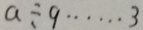
a \div 9 \cdots 3